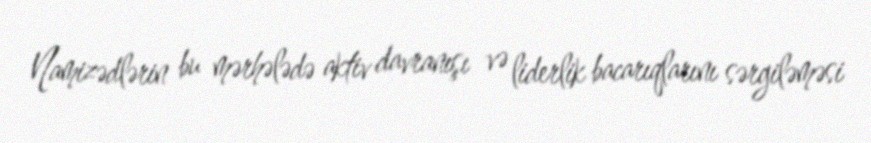
Namizədlərin bu mərhələdə aktiv davranışı və liderlik bacarıqlarını sərgiləməsi